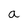
Character: a